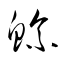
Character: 鯀